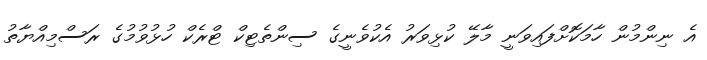
އެ ނިންމުން ހާމަކޮށްފައިވަނީ މާލޭ ކުޅިވަރު އެކުވެނީގެ ސިންތެޓިކް ޓްރެކް ހުޅުވުމުގެ ރަސްމިއްޔާތު